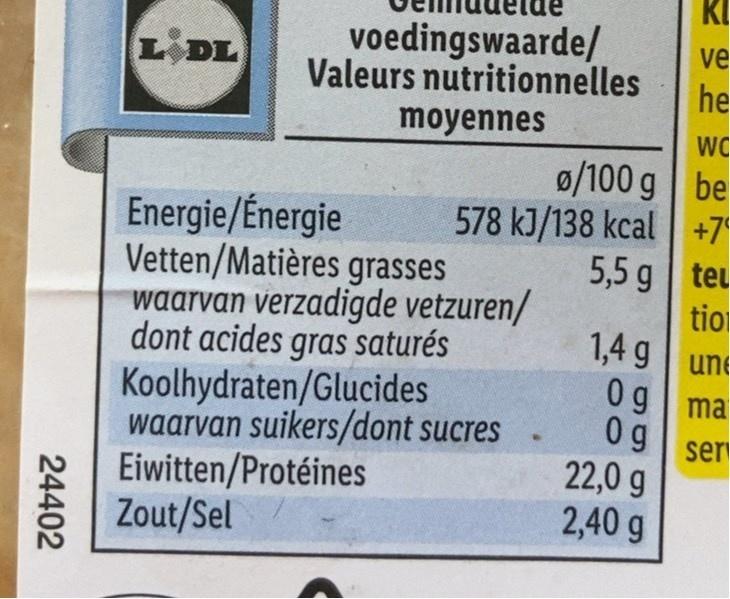
KI
voedingswaarde/
ve
L DL
Valeurs nutritionnelles he
moyennes
0/100 g be 578 kJ/138 kcal | +7 5,5 g| teu tio 1,4 g
Energie/Énergie Vetten/Matières grasses waarvan verzadigde vetzuren/ dont acides gras saturés Koolhydraten/Glucides waarvan suikers/dont sucres Eiwitten/Protéines Zout/Sel
une 0g ma 0 g
ser 22,0 g 2,40 g
24402